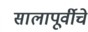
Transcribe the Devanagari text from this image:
सालापूर्वीचे